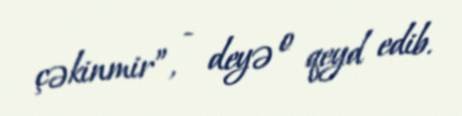
çəkinmir”, - deyə o qeyd edib.